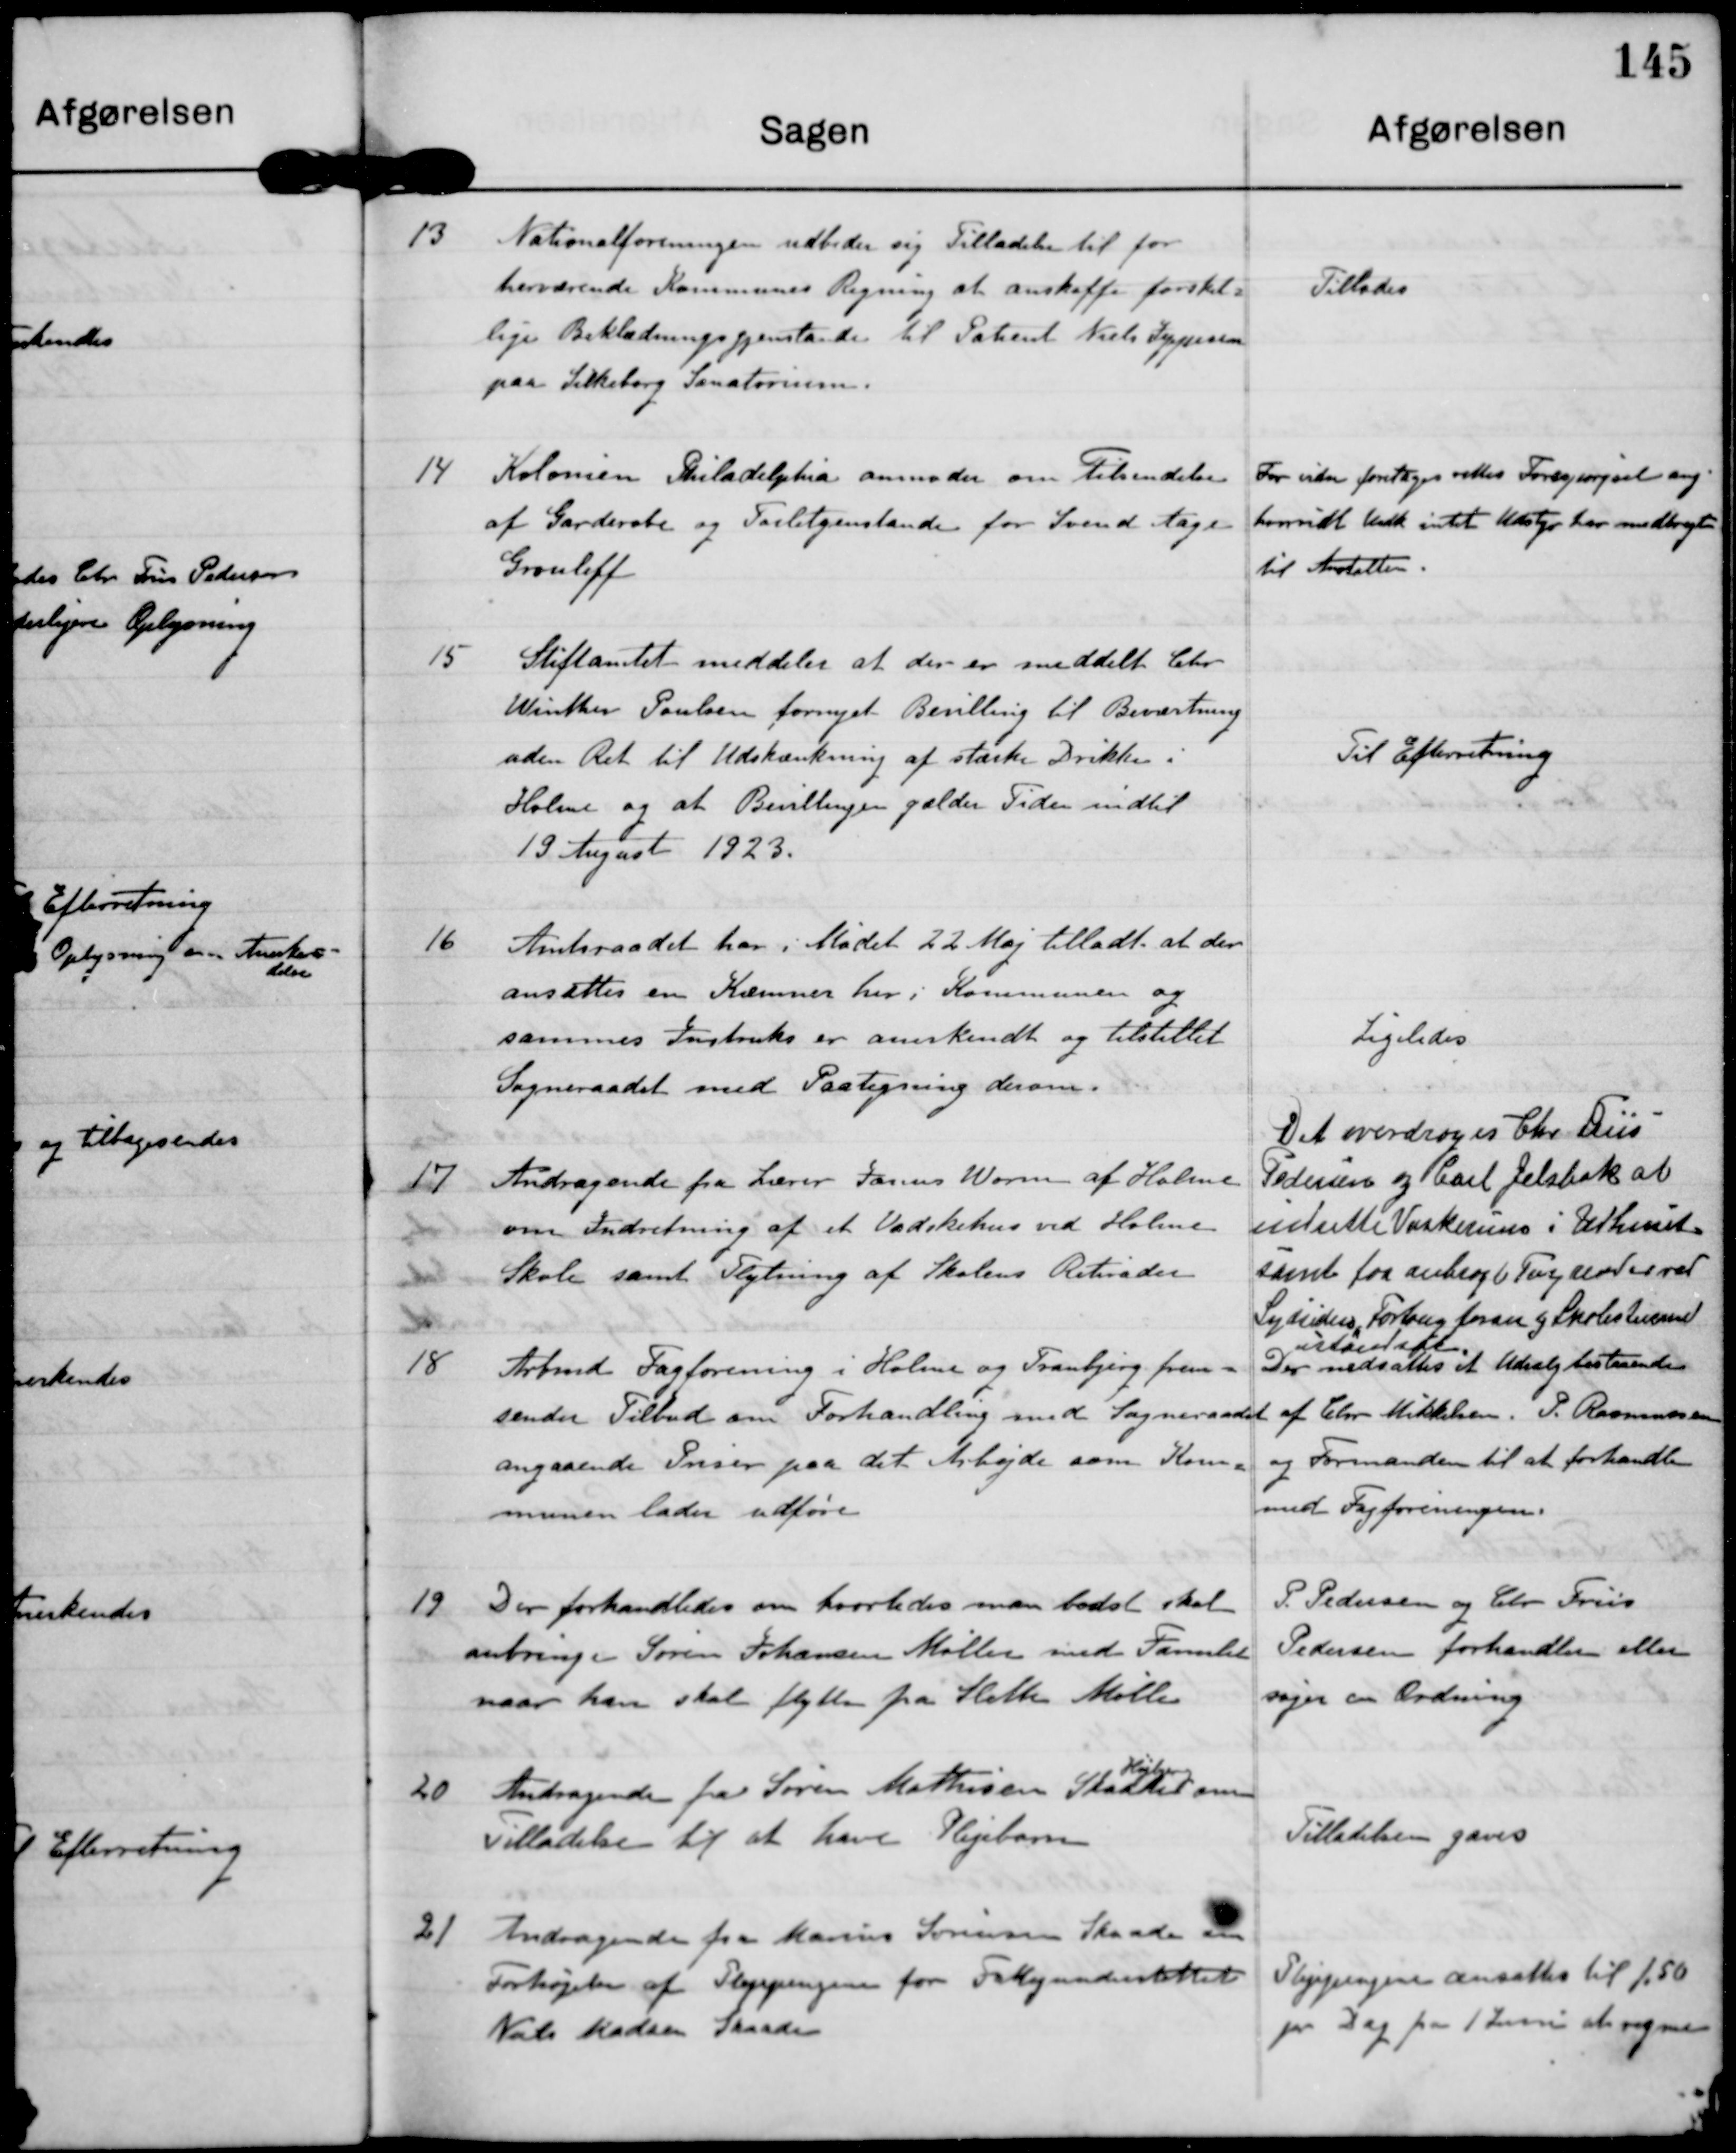
Transskription:
13

Nationalforeningen udbeder sig Tilladelse til for
herværende Kommunes Regning at anskaffe forskel-
lige Beklædningsgjenstande til Patient Niels Jeppesen
paa Silkeborg Sanatorium.

Tillades

14

Kolonien Philadelphia anmoder om Tilsendelse
af Garderobe og Toiletgenstande for Svend Aage
Grouleff

For inden foretages rettes Forespørgsel ang
hvorvidt vedk. intet Udstyr har medbragt
til Anstalten.

15

Stiftamtet meddeler at der er meddelt Chr
Winther Poulsen fornyet Bevilling til Beværtning
uden Ret til Udskænkning af stærke Drikke i
Holme og at Bevillingen gælder Tiden indtil
19 August 1923.

Til Efterretning

16

Amtsraadet har i Mødet 22 Maj tilladt at der
ansættes en Kæmner her i Kommunen og
samme Instruks er anerkendt og tilstillet
Sogneraadet med Paategning derom.

Ligeledes

17

Andragende fra Lærer Janus Worm af Holme
om Indretning af et Vadskehus ved Holme
Skole samt Flytning af Skolens Retirader.

Det overdroges Chr. Friis
pedersen og Carl Jelsbak at
indrette Vaskerum i Udhuset
samt faa anbragt Tag?  ? ved
Sydsidens For? foran ? Skolestuerne
istandsat.

18

Arbmd Fagforening i Holme og Tranbjerg frem-
sender Tilbud om Forhandling med Sogneraadet
angaaende Priser paa det Arbejde som Kom-
munen lader udføre.

Der nedsattes et Udvalg bestaaende
af Chr Mikkelsen, P. Rasmussen
og Formanden til at forhandle
med Fagforeningen.

19

Der forhandledes om hvorledes man bedst skal
anbringen Søren Johansen Møller med Familie
naar han skal flytte fra Sleth Mølle.

P. Pedersen og Chr Friis
Pedersen forhandler eller
søger en Ordning

20

Højbjerg
Andragende fra Søren Mathisen Skaade om
Tilladelse til at have Plejebarn.

Tilladelsen gaves.

21

Andragende fra Marius Sørensen Skaade om
Forhøjelse af Plejepengene for Fattigunderstøttede
Niels Madsen Skaade

Plejepengene ansattes til 1,50
pr Dag fra 1 Juni at regne.